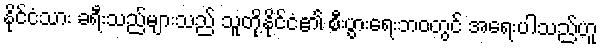
နိုင်ငံသား ခရီးသည်များသည် သူတို့နိုင်ငံ၏ စီးပွားရေးဘဝတွင် အရေးပါသည်ဟူ